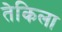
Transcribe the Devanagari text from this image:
तेकिला